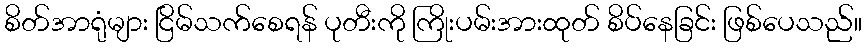
စိတ်အာရုံများ ငြိမ်သက်စေရန် ပုတီးကို ကြိုးပမ်းအားထုတ် စိပ်နေခြင်း ဖြစ်ပေသည်။